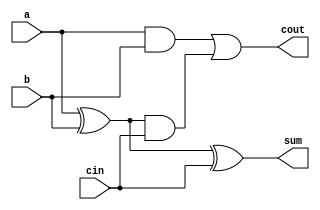
// design: describes the behaviour of system
// methodology: data flow modelling
module fulladder1(output sum, cout, input a, b, cin);
  
  assign sum=a^b^cin;
  assign cout=(a&b)|((a^b)&cin);
  
endmodule

// testbench: to check if the design codes are correct

module fulladder1_tb();

  reg a,b;
  reg cin;
  
  wire sum;
  wire cout;
  
 fulladder1 instance0 (sum, cout, a, b, cin);

 initial begin

	$dumpfile("dump.vcd");
    
    $dumpvars(1);

	    a=0; b=0; cin=0;
    #20 a=0; b=0; cin=1;
    #20 a=0; b=1; cin=0;
    #20 a=0; b=1; cin=1;
    #20 a=1; b=0; cin=0;
    #20 a=1; b=0; cin=1;
    #20 a=1; b=1; cin=0;
    #20 a=1; b=1; cin=1;
    #30 $stop;

 end
endmodule